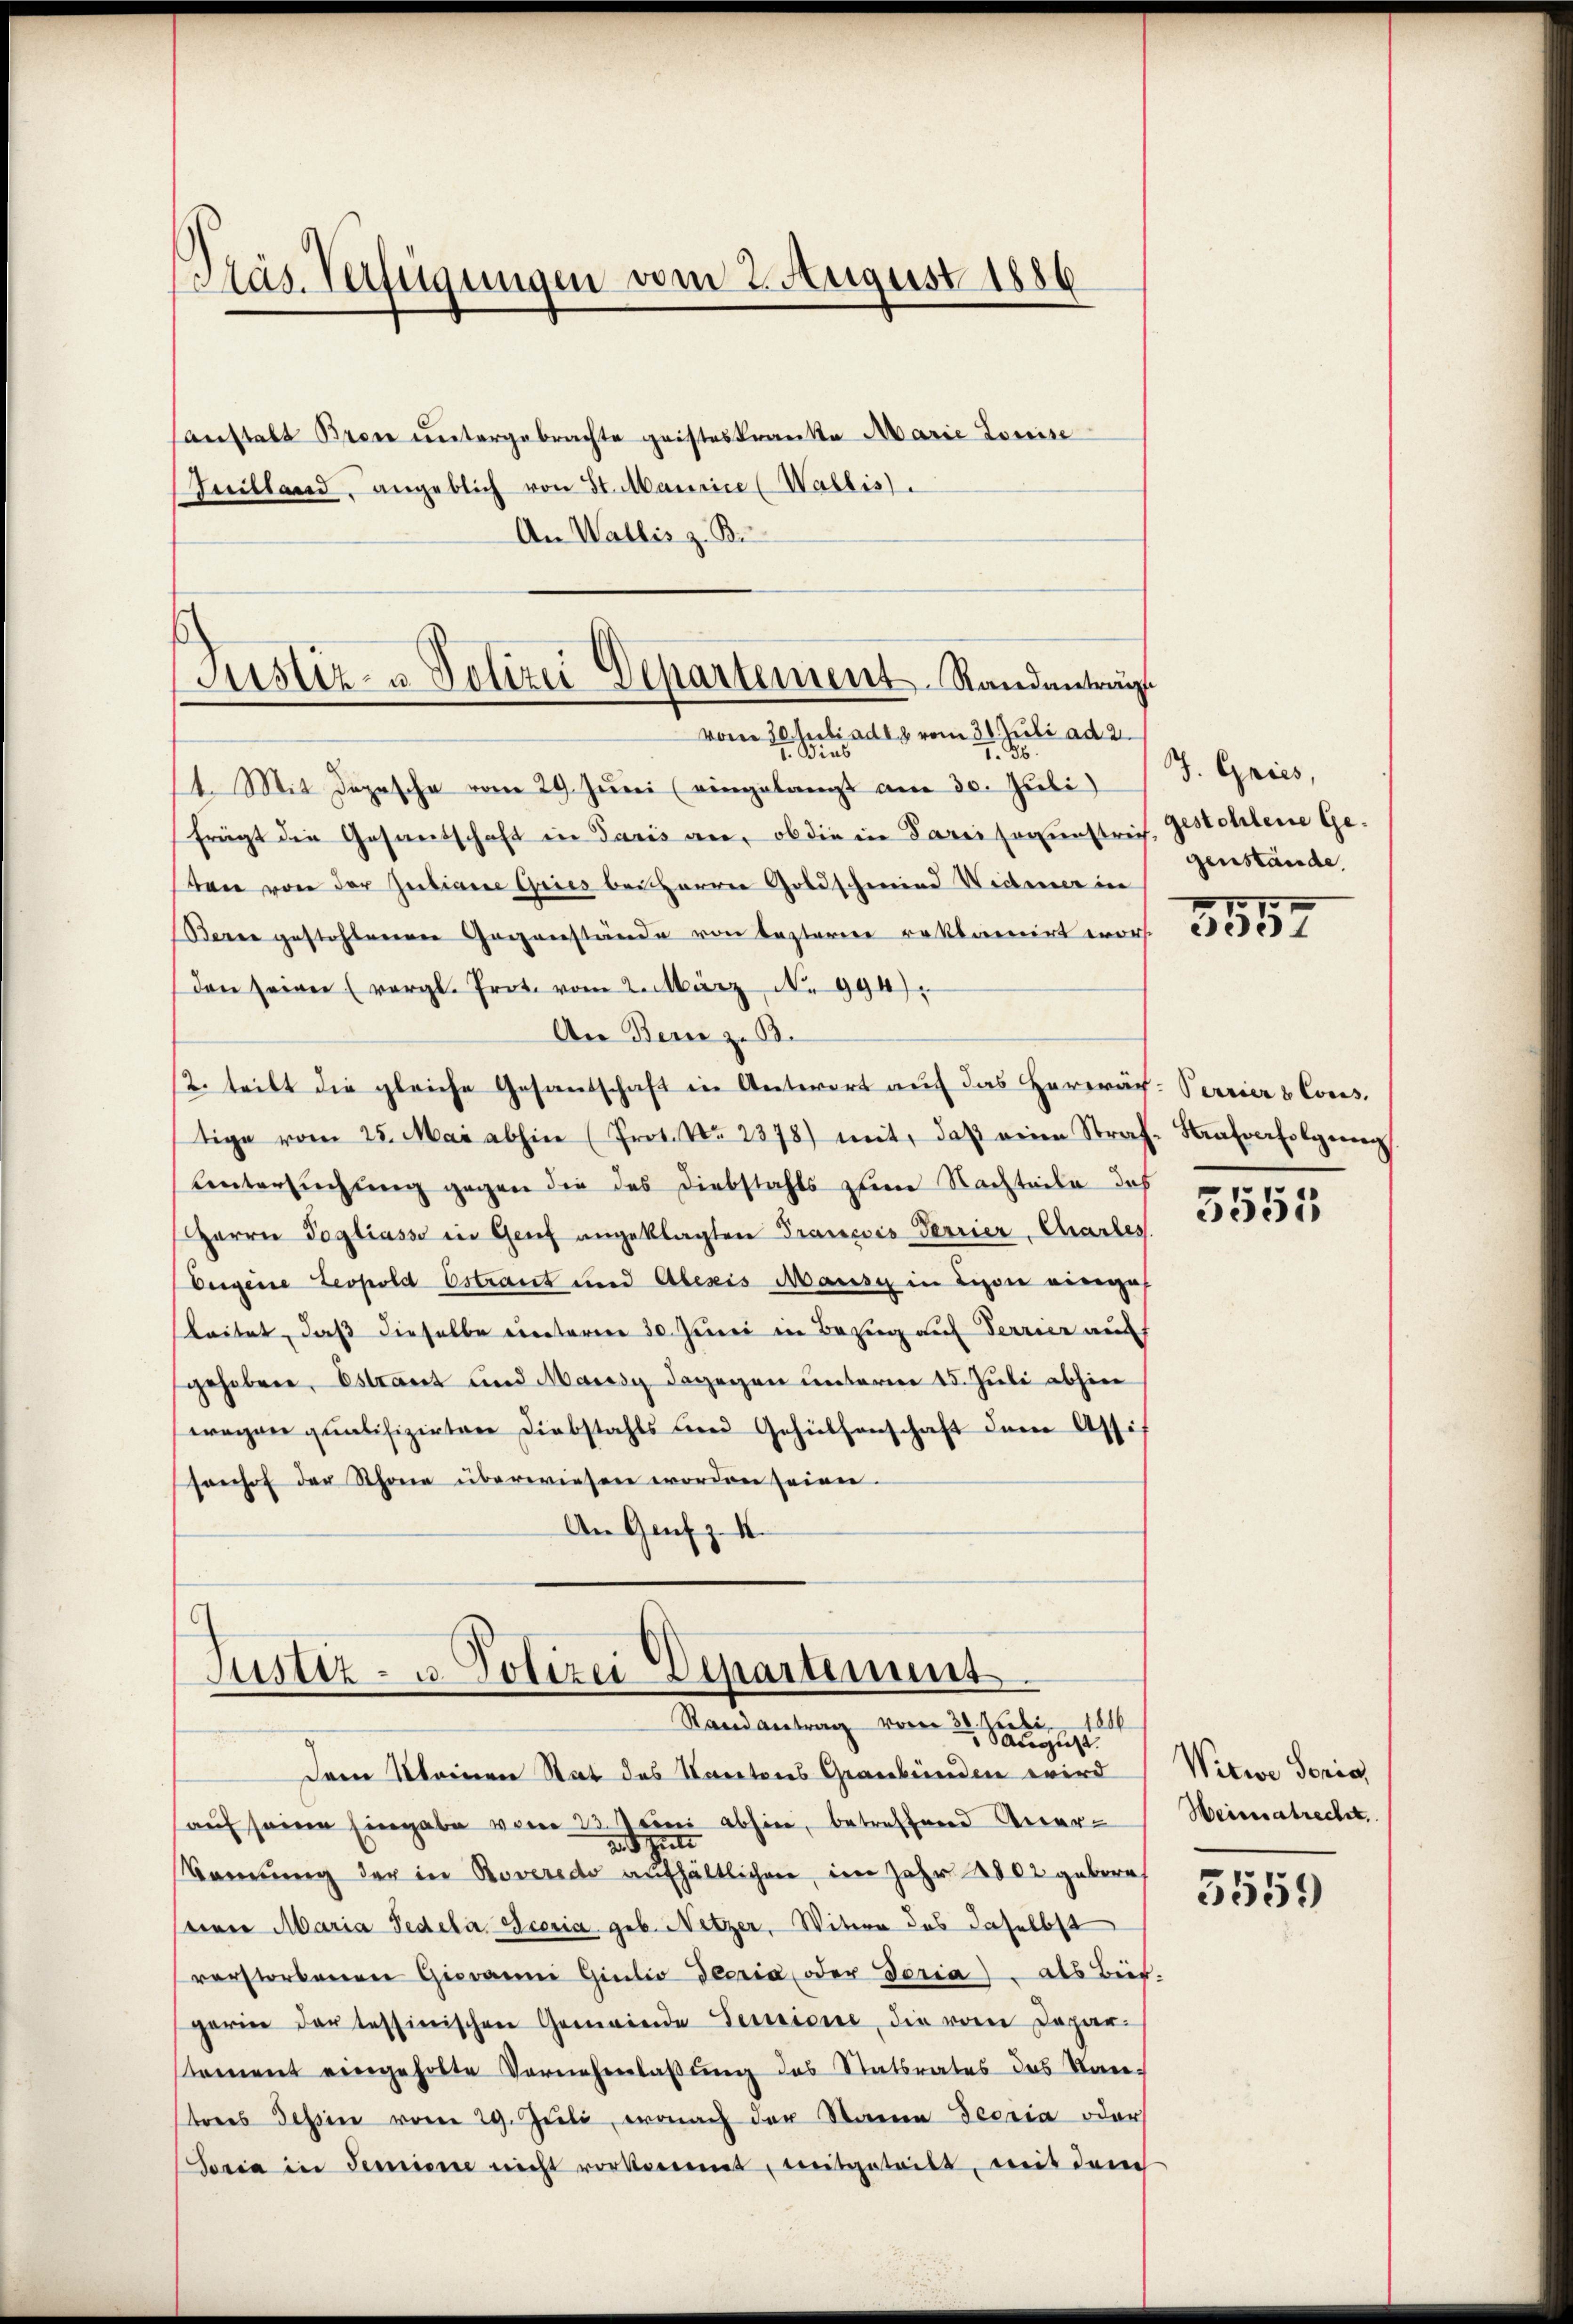
Präs. Verfügungen vom 2. August 1886

anstalt Brone untergebrachte geisteskranke Marie Louise
Kuilland, angeblich von St. Maurice (Wallis).
An Wallis z. B.

Justiz- u. Polizei Departement Randanträge
vom 30. Juli ad 28 vom 31. Juli ad 2.

ial
36
14. Mit Depesche vom 29. Jŭni (eingelangt am 30. Juli)
frägt die Gesandschaft in Paris an, ob die in Parei soeurstrief. gestohlene Gesten von der Juliane Gries bei Herrn Goldschmied Widerer in
Seren gestohlenen Gegenstände von besterne reklamirt wor
(den seine (vergl. Prot. vom 2. März No. 994).
An Bern z. B.
12. teilt die gleiche Gesandschaft in Antwort auf das Herrräch-Verrier & Cons.
tige vom 25. Mai abhin (Prot. Nr. 2378) mit, daβ eine Straf-Strafverfolgen
untersuchung gegen die das Diebstahls zum Nachteile des
Herrn Pogliasso in Genf angeklagten Francois Terrier, Charles
Eeigene Leopold Estraut und Alexis Mausch in Lyon einerzeh
leitet, daß dieselbe unterm 30. Juni in Bezug auf Terrier auf
gehoben, Estraut und Marig dagegen unterm 15. Juli abhin
wegen qualifizirten Diebstahls und Gehülfenschaft dem Assi
sonhof der Schöne überwiesen worden seien.
An Genf z. 4.

c
Justiz- u. Polizei Departement
Randantrag vom 30. Juli 1816
Saugust.

Dem Kleinen Stat des Kantons Graubünden wird
auf seinen Eingabe vom 23. Juni abhin, betreffend Anerand hatt
Sanŭng der in Roveredo aufhältlichen, im Jahr 1802 gebore
seiner Maria Pedeler Scosia geb. Netzer, Witern das daselbst
verstorbenen Giovanni Giulio decria, oder Voria) - als Beis-
gerin der tessinischen Gemeinde Sessione, die vom Depar-
stament eingeholte Vornehmlassung des Statsrates des Kan-
tres Tessin vom 29. Juli, wonach der Stainen Teoria oder
Josia in Semine nicht vorkommt, weitgeteilt, mit dem

J. Gries,
genstände.

5557

3555

Witwe Soria,
Weisesabrecht

3559